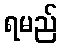
ရမည်